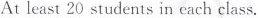
At least 20 students in each class.